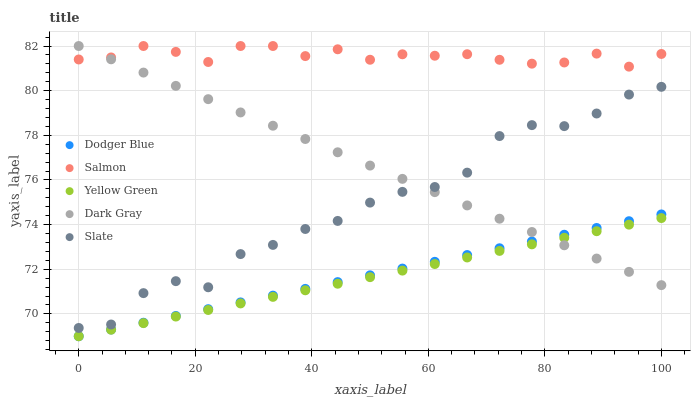
| xaxis_label | Dodger Blue | Salmon | Yellow Green | Dark Gray | Slate |
 | --- | --- | --- | --- | --- | --- |
 | 0 | 69 | 81.4 | 69 | 82 | 69.4 |
 | 5.56 | 69.3 | 81.5 | 69.3 | 81.4 | 69.5 |
 | 11.1 | 69.6 | 82 | 69.6 | 80.8 | 70.9 |
 | 16.7 | 69.9 | 81.7 | 69.9 | 80.2 | 71.5 |
 | 22.2 | 70.2 | 81.3 | 70.2 | 79.6 | 71.2 |
 | 27.8 | 70.5 | 82 | 70.5 | 79 | 72.7 |
 | 33.3 | 70.8 | 82 | 70.8 | 78.4 | 73.1 |
 | 38.9 | 71.1 | 81.5 | 71.1 | 77.8 | 73.8 |
 | 44.4 | 71.4 | 81.9 | 71.4 | 77.2 | 74.2 |
 | 50 | 71.7 | 81.4 | 71.6 | 76.6 | 75 |
 | 55.6 | 72 | 81.6 | 71.9 | 76 | 75.5 |
 | 61.1 | 72.3 | 81.6 | 72.2 | 75.5 | 75.7 |
 | 66.7 | 72.6 | 81.6 | 72.5 | 74.9 | 76.3 |
 | 72.2 | 72.9 | 81.4 | 72.8 | 74.3 | 78 |
 | 77.8 | 73.2 | 81.2 | 73.1 | 73.7 | 78.5 |
 | 83.3 | 73.5 | 81.3 | 73.4 | 73.1 | 78.4 |
 | 88.9 | 73.9 | 81.7 | 73.7 | 72.5 | 79 |
 | 94.4 | 74.2 | 81.1 | 74 | 71.9 | 79.8 |
 | 100 | 74.5 | 81.6 | 74.3 | 71.3 | 80.2 |